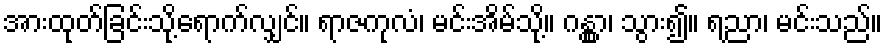
အားထုတ်ခြင်းသို့ရောက်လျှင်။ ရာဇကုလံ၊ မင်းအိမ်သို့။ ဂန္တွာ၊ သွား၍။ ရညာ၊ မင်းသည်။